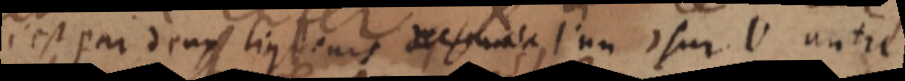
c’est par deux liqueurs l’une sur l’autre